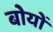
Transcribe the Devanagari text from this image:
बोयों